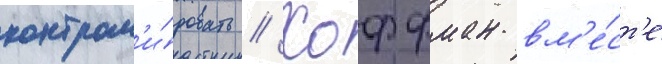
контрол'и́ровать // Хоффман вм'е́ст'е